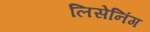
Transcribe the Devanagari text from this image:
लिसेनिंग